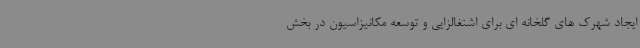
ایجاد شهرک های گلخانه ای برای اشتغالزایی و توسعه مکانیزاسیون در بخش